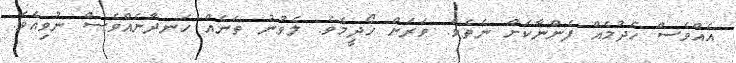
އެއްވެސް ހެދުމެއް ފެންނާކަށް ނެތެވެ. ވަރަށް ހޯދީމެވެ. ލެވުނު ތަނެއް ހަނދާނެއްވެސް ނުވިއެވެ.